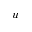
u